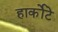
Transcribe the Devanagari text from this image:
हार्कोटे